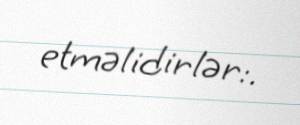
etməlidirlər:.